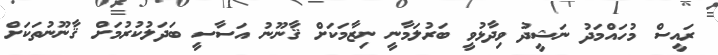
ރައީސް މުހައްމަދު ނަޝީދު ވިދާޅުވީ ބަރުލަމާނީ ނިޒާމަކަށް ޤާނޫނު އަސާސީ ބަދަލުކުރުމަށް ޤާނޫނުތަކަށް